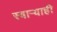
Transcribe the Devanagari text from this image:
स्वाऱ्याही